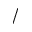
/